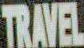
TRAVEL